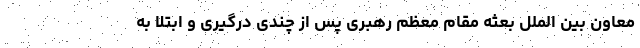
معاون بین الملل بعثه مقام معظم رهبری پس از چندی درگیری و ابتلا به